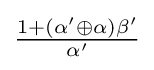
{\tfrac {1+(\alpha '\oplus \alpha )\beta '}{\alpha '}}